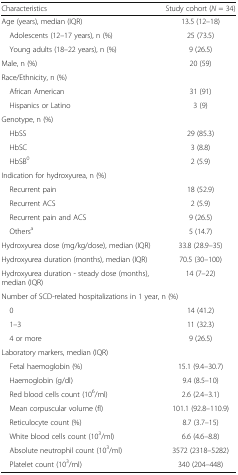
<table><thead><tr><td><b>Characteristics</b></td><td><b>Study cohort (<i>N</i> = 34)</b></td></tr></thead><tbody><tr><td>Age (years), median (IQR)</td><td>13.5 (12–18)</td></tr><tr><td> Adolescents (12–17 years), n (%)</td><td>25 (73.5)</td></tr><tr><td> Young adults (18–22 years), n (%)</td><td>9 (26.5)</td></tr><tr><td>Male, n (%)</td><td>20 (59)</td></tr><tr><td colspan="2">Race/Ethnicity, n (%)</td></tr><tr><td> African American</td><td>31 (91)</td></tr><tr><td> Hispanics or Latino</td><td>3 (9)</td></tr><tr><td colspan="2">Genotype, n (%)</td></tr><tr><td> HbSS</td><td>29 (85.3)</td></tr><tr><td> HbSC</td><td>3 (8.8)</td></tr><tr><td> HbSB<sup>0</sup></td><td>2 (5.9)</td></tr><tr><td colspan="2">Indication for hydroxyurea, n (%)</td></tr><tr><td> Recurrent pain</td><td>18 (52.9)</td></tr><tr><td> Recurrent ACS</td><td>2 (5.9)</td></tr><tr><td> Recurrent pain and ACS</td><td>9 (26.5)</td></tr><tr><td> Others<sup>a</sup></td><td>5 (14.7)</td></tr><tr><td>Hydroxyurea dose (mg/kg/dose), median (IQR)</td><td>33.8 (28.9–35)</td></tr><tr><td>Hydroxyurea duration (months), median (IQR)</td><td>70.5 (30–100)</td></tr><tr><td>Hydroxyurea duration - steady dose (months), median (IQR)</td><td>14 (7–22)</td></tr><tr><td colspan="2">Number of SCD-related hospitalizations in 1 year, n (%)</td></tr><tr><td> 0</td><td>14 (41.2)</td></tr><tr><td> 1–3</td><td>11 (32.3)</td></tr><tr><td> 4 or more</td><td>9 (26.5)</td></tr><tr><td colspan="2">Laboratory markers, median (IQR)</td></tr><tr><td> Fetal haemoglobin (%)</td><td>15.1 (9.4–30.7)</td></tr><tr><td> Haemoglobin (g/dl)</td><td>9.4 (8.5–10)</td></tr><tr><td> Red blood cells count (10<sup>6</sup>/ml)</td><td>2.6 (2.4–3.1)</td></tr><tr><td> Mean corpuscular volume (fl)</td><td>101.1 (92.8–110.9)</td></tr><tr><td> Reticulocyte count (%)</td><td>8.7 (3.7–15)</td></tr><tr><td> White blood cells count (10<sup>3</sup>/ml)</td><td>6.6 (4.6–8.8)</td></tr><tr><td> Absolute neutrophil count (10<sup>3</sup>/ml)</td><td>3572 (2318–5282)</td></tr><tr><td> Platelet count (10<sup>3</sup>/ml)</td><td>340 (204–448)</td></tr></tbody></table>